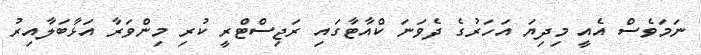
ނަމަވެސް އެއީ މިދިޔަ އަހަރުގެ ދެވަނަ ކްއާޓާގައި ރަޖިސްޓްރީ ކުރި މިންވަރާ އަޅާބަލާއިރު